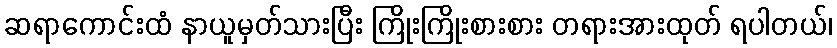
ဆရာကောင်းထံ နာယူမှတ်သားပြီး ကြိုးကြိုးစားစား တရားအားထုတ် ရပါတယ်၊